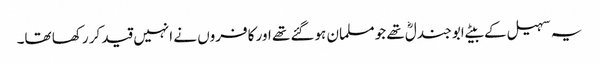
یہ سہیل کے بیٹے ابو جندلؓ تھے جو مسلمان ہوگئے تھے اور کافروں نے انہیں قید کر رکھا تھا۔